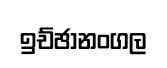
ඉච්ඡානංගල